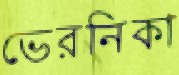
ভেরনিকা